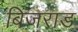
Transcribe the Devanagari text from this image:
बिजराङ